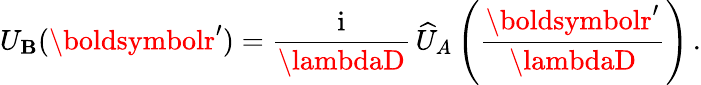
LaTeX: U_{\mathbf{B}}(\boldsymbolr^{\prime})={\frac{{\mathrm{{i}}}}{{\lambdaD}}}\, \widehat{{U}}_{A}\left({\frac{{\boldsymbolr^{\prime}}}{{\lambdaD}}}\right)\, .